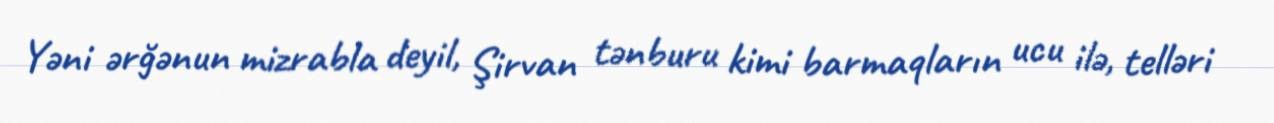
Yəni ərğənun mizrabla deyil, Şirvan tənburu kimi barmaqların ucu ilə, telləri